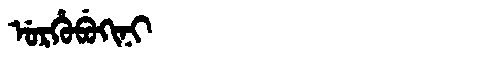
Manchu: ᡠᡵᡥᡠᠪᡠᡴᡳᠨᡳ
Romanization: URHUBUKINI